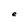
Character: e